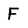
Character: F